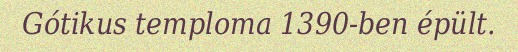
Gótikus temploma 1390-ben épült.